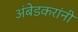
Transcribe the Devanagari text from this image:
अंबेडकरांनी